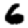
Digit: 6